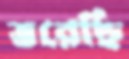
ভরেছি